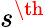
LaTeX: s^{\th}